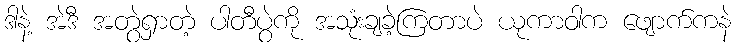
ဒါနဲ့ အဲဒီ အတွဲရှာတဲ့ ပါတီပွဲကို အသုံးချခဲ့ကြတာပဲ ယုကာဝါက ဖျောက်ကနဲ